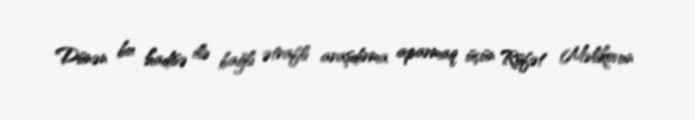
Dünən bu hadisə ilə bağlı ətraflı araşdırma aparmaq üçün Rüfət Məlikovun